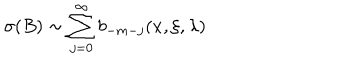
\sigma ( B ) \sim \sum _ { j = 0 } ^ { \infty } b _ { - m - j } ( x , \xi , \lambda ) \,